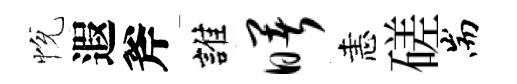
恱遐斧誰曙恚磋耑